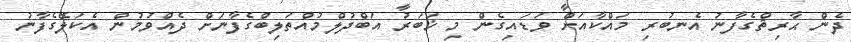
ދެން ޙާރިޘްގެފާނު އެނބުރި މައްކާއަށް ވަޑައިގެން މި ޚަބަރު އަބްދުލްމުއްތަލިބްގެފާނަށް ދެއްވުމުން އެކަލޭގެފާނު